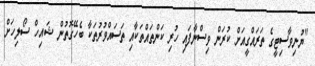
"ޔުނިވާސިޓީގެ ތަރައްގީއަށް ކުރަން ވިސްނާފައި ހުރި ކަންތައްތަކާއި ތަސައްވުރުތަކާ ބެހޭގޮތުން ޝައިހް ސޯލިހަށް